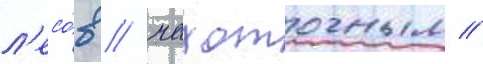
л'есо́в / чахоточным //